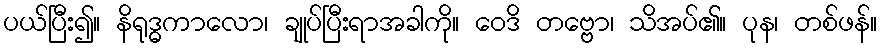
ပယ်ပြီး၍။ နိရုဒ္ဓကာလော၊ ချုပ်ပြီးရာအခါကို။ ဝေဒိ တဗ္ဗော၊ သိအပ်၏။ ပုန၊ တစ်ဖန်။